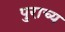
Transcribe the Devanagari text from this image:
पुराच्य